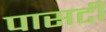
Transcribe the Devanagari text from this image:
पासटी